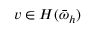
v \in H ( \bar { \omega } _ { h } )